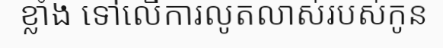
ខ្លាំង ទៅលើការលូតលាស់របស់កូន